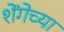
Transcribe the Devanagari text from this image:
शेंगेच्या